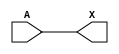
/*
 * Copyright 2020 The SkyWater PDK Authors
 *
 * Licensed under the Apache License, Version 2.0 (the "License");
 * you may not use this file except in compliance with the License.
 * You may obtain a copy of the License at
 *
 *     https://www.apache.org/licenses/LICENSE-2.0
 *
 * Unless required by applicable law or agreed to in writing, software
 * distributed under the License is distributed on an "AS IS" BASIS,
 * WITHOUT WARRANTIES OR CONDITIONS OF ANY KIND, either express or implied.
 * See the License for the specific language governing permissions and
 * limitations under the License.
 *
 * SPDX-License-Identifier: Apache-2.0
*/


`ifndef SKY130_FD_SC_LP__BUSRECEIVER_FUNCTIONAL_V
`define SKY130_FD_SC_LP__BUSRECEIVER_FUNCTIONAL_V

/**
 * busreceiver: Bus signal receiver.
 *
 * Verilog simulation functional model.
 */

`timescale 1ns / 1ps
`default_nettype none

`celldefine
module sky130_fd_sc_lp__busreceiver (
    X,
    A
);

    // Module ports
    output X;
    input  A;

    // Local signals
    wire buf0_out_X;

    //  Name  Output      Other arguments
    buf buf0 (buf0_out_X, A              );
    buf buf1 (X         , buf0_out_X     );

endmodule
`endcelldefine

`default_nettype wire
`endif  // SKY130_FD_SC_LP__BUSRECEIVER_FUNCTIONAL_V